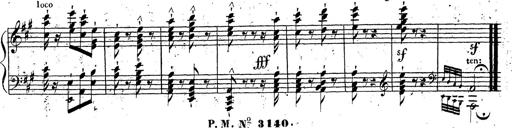
Title: Grande fantaisie sur la tyrolienne de l'opÃ©ra
Composer: Franz Liszt
Key: A major